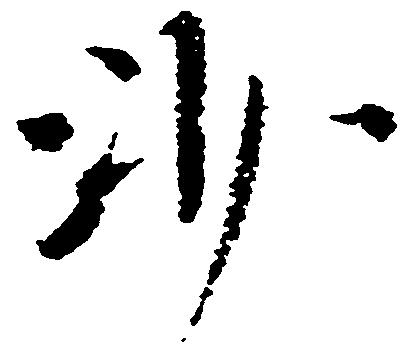
沙